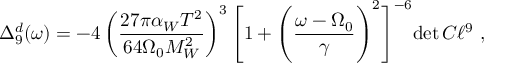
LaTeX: \Delta _ { 9 } ^ { d } ( \omega ) = - 4 \left( { \frac { 2 7 \pi \alpha _ { W } T ^ { 2 } } { 6 4 \Omega _ { 0 } M _ { W } ^ { 2 } } } \right) ^ { 3 } \Biggl [ 1 + \Biggl ( { \frac { \omega - \Omega _ { 0 } } { \gamma } } \Biggl ) ^ { 2 } \Biggr ] ^ { - 6 } { \operatorname * { d e t } { \cal C } \ell ^ { 9 } } \ ,